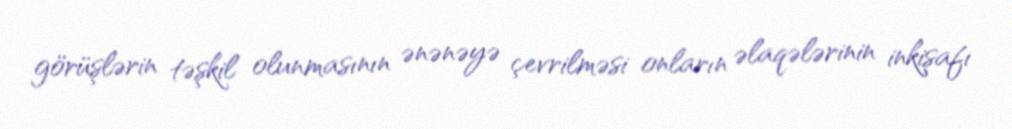
görüşlərin təşkil olunmasının ənənəyə çevrilməsi onların əlaqələrinin inkişafı